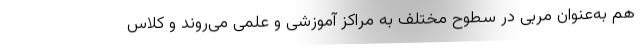
هم به‌عنوان مربی در سطوح مختلف به مراکز آموزشی و علمی می‌روند و کلاس